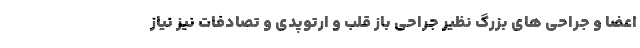
اعضا و جراحی های بزرگ نظیر جراحی باز قلب و ارتوپدی و تصادفات نیز نیاز